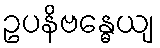
ဥပနိဗန္ဓေယျ